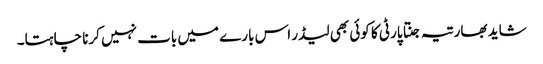
شاید بھارتیہ جنتا پارٹی کا کوئی بھی لیڈر اس بارے میں بات نہیں کرنا چاہتا۔